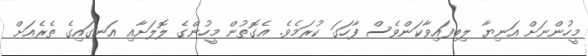
މީހުންނަށް އަނިޔާ ލިބިފައިވާކަންވެސް ފާހަގަ ކުރަމެވެ. އެގޮތުން މީހުންގެ ލޮލަށާއި އަނގައިގެ ތެރެއަށް